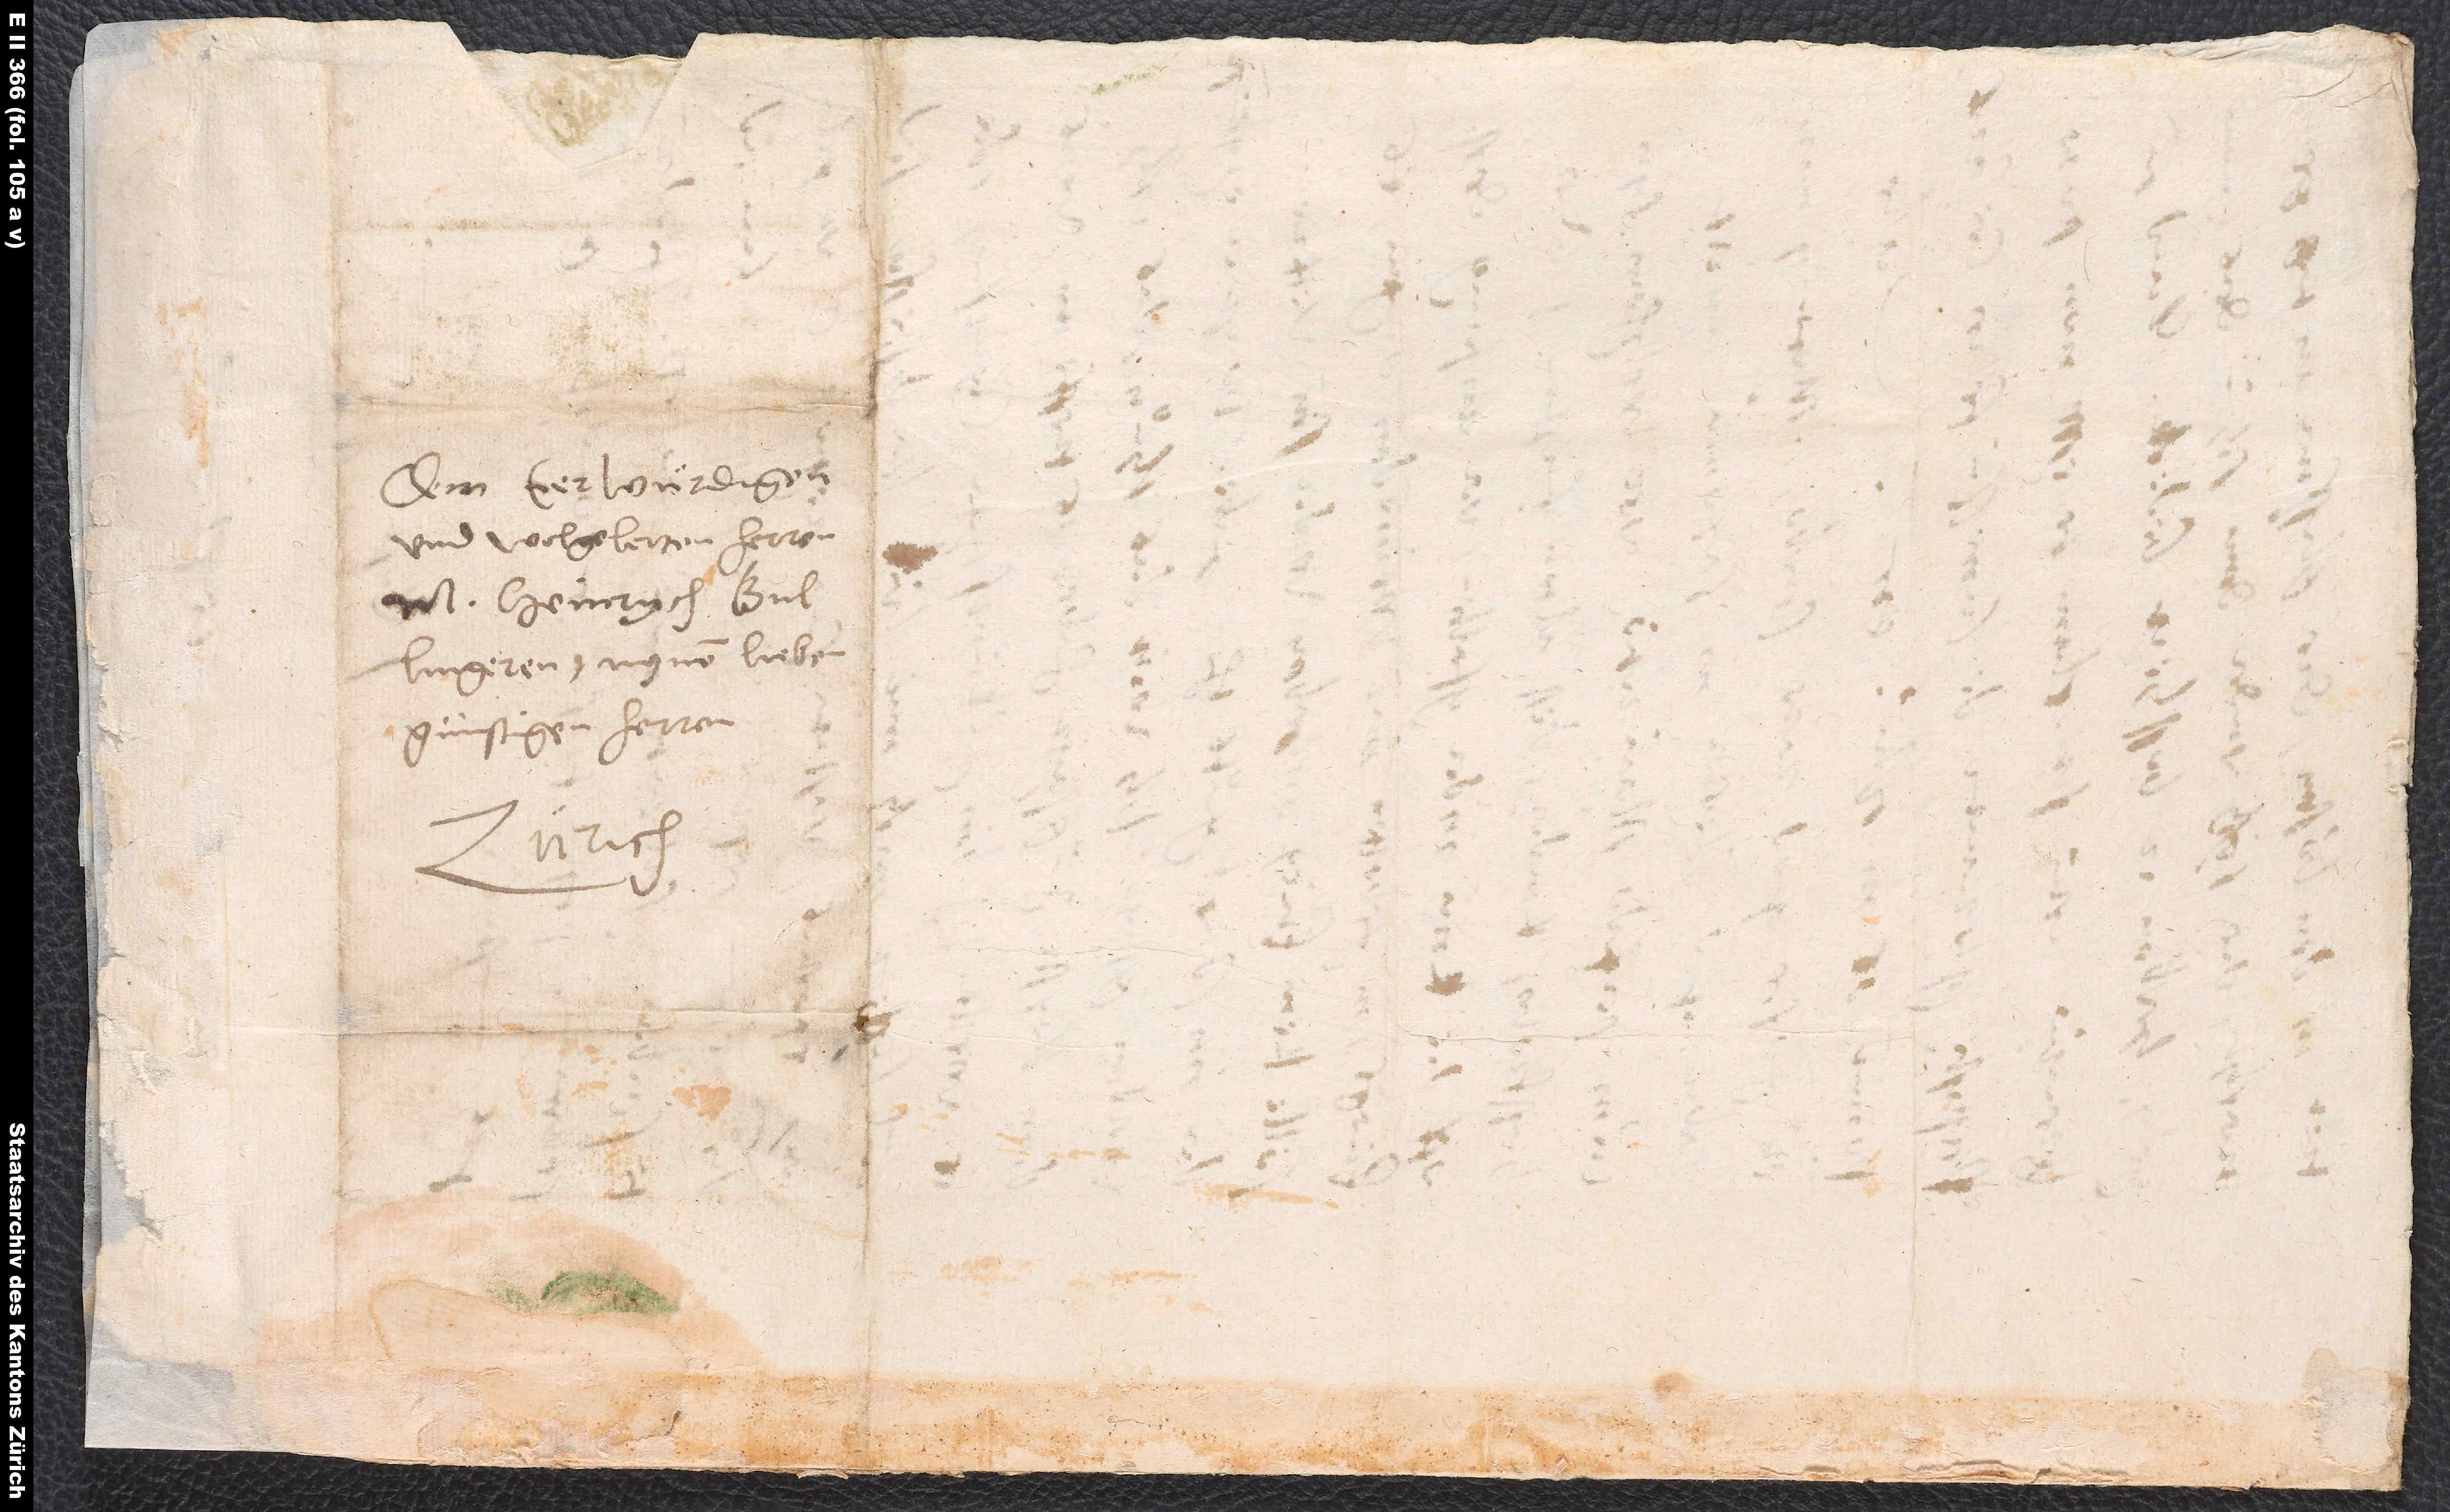
Dem eerwürdigen
und wolgelerten herren
m. Heinrych
Bullingeren, mynem lieben
günstigen herren.
Zürich.

S.